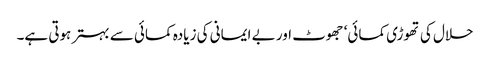
حلال کی تھوڑی کمائی‘ جھوٹ اور بے ایمانی کی زیادہ کمائی سے بہتر ہوتی ہے۔